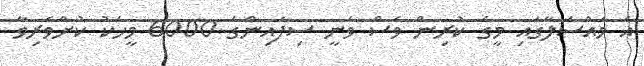
އެ މައްސަލާގައި މީގެ ކުރިން ވެސް ވަނީ ސިފައިންގެ 6000 މީހަކު ކުށްވެރިވާ